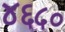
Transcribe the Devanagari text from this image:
४६५०